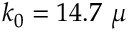
k _ { 0 } = 1 4 . 7 ~ \mu